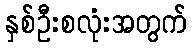
နှစ်ဦးစလုံးအတွက်